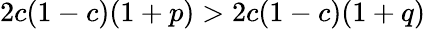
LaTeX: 2c(1-c)(1+p)>2c(1-c)(1+q)